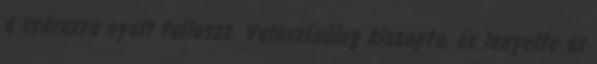
a szárazra nyalt falloszt. Valószínúleg kiszopta, és lenyelte az